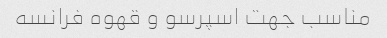
مناسب جهت اسپرسو و قهوه فرانسه